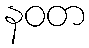
နဝတ